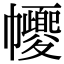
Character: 𢅼